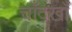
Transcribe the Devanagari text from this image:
चाँदखाँ